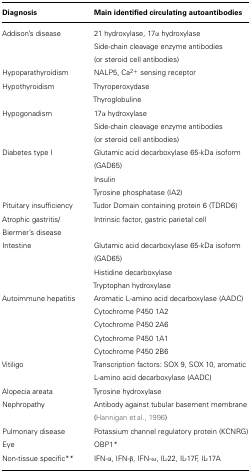
| Diagnosis | Main identified circulating autoantibodies |
 | --- | --- |
 | Addison’s disease | 21 hydroxylase, 17α hydroxylase Side-chain cleavage enzyme antibodies (or steroid cell antibodies) |
 | Hypoparathyroidism | NALP5, Ca2+ sensing receptor |
 | Hypothyroidism | Thyroperoxydase |
 |  | Thyroglobuline |
 | Hypogonadism | 17α hydroxylase |
 |  | Side-chain cleavage enzyme antibodies (or steroid cell antibodies) |
 | Diabetes type I | Glutamic acid decarboxylase 65-kDa isoform (GAD65) |
 |  | Insulin |
 |  | Tyrosine phosphatase (IA2) |
 | Pituitary insufficiency | Tudor Domain containing protein 6 (TDRD6) |
 | Atrophic gastritis/ | Intrinsic factor, gastric parietal cell |
 | Biermer’s disease |  |
 | Intestine | Glutamic acid decarboxylase 65-kDa isoform |
 |  | (GAD65) |
 |  | Histidine decarboxylase |
 |  | Tryptophan hydroxylase |
 | Autoimmune hepatitis | Aromatic L-amino acid decarboxylase (AADC) |
 |  | Cytochrome P450 1A2 |
 |  | Cytochrome P450 2A6 |
 |  | Cytochrome P450 1A1 |
 |  | Cytochrome P450 2B6 |
 | Vitiligo | Transcription factors: SOX 9, SOX 10, aromatic L-amino acid decarboxylase (AADC) |
 | Alopecia areata | Tyrosine hydroxylase |
 | Nephropathy | Antibody against tubular basement membrane (Hannigan et al., 1996) |
 | Pulmonary disease | Potassium channel regulatory protein (KCNRG) |
 | Eye | OBP1 * |
 | Non-tissue specific** | IFN-α, IFN-β), IFN-ω, IL-22, IL-17F, IL-17A |